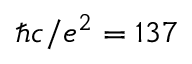
\hbar c / e ^ { 2 } = 1 3 7